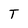
Character: T